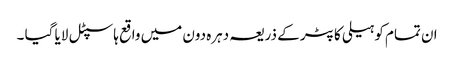
ان تمام کو ہیلی کاپٹر کے ذریعہ دہرہ دون میں واقع ہاسپٹل لایا گیا ۔